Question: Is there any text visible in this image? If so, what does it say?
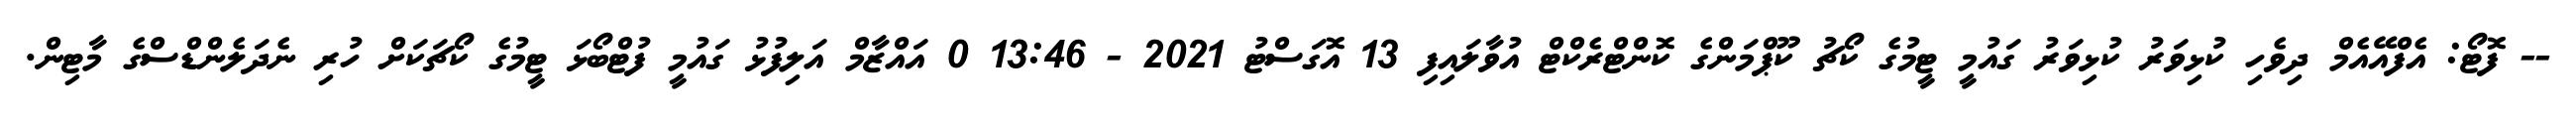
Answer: -- ފޮޓޯ: އެފްއޭއެމް ދިވެހި ކުޅިވަރު ކުޅިވަރު ގައުމީ ޓީމުގެ ކޯޗު ކޫޕްމަންގެ ކޮންޓްރެކްޓް އުވާލައިފި 13 އޮގަސްޓު 2021 - 13:46 0 އައްޒާމް އަލިފުޅު ގައުމީ ފުޓްބޯޅަ ޓީމުގެ ކޯޗަކަށް ހުރި ނެދަލެންޑްސްގެ މާޓިން.